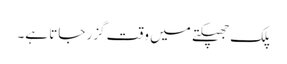
پلک جھپکتے میں وقت گزر جاتا ہے۔